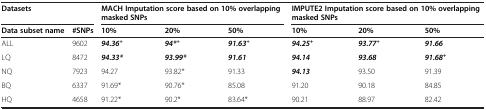
<table><thead><tr><td colspan="2"><b>Datasets</b></td><td colspan="3"><b>MACH Imputation score based on 10% overlapping masked SNPs</b></td><td colspan="3"><b>IMPUTE2 Imputation score based on 10% overlapping masked SNPs</b></td></tr><tr><td><b>Data subset name</b></td><td><b>#SNPs</b></td><td><b>10%</b></td><td><b>20%</b></td><td><b>50%</b></td><td><b>10%</b></td><td><b>20%</b></td><td><b>50%</b></td></tr></thead><tbody><tr><td>ALL</td><td>9602</td><td><b><i>94.36+</i></b></td><td><b><i>94*+</i></b></td><td><b><i>91.63+</i></b></td><td><b><i>94.25+</i></b></td><td><b><i>93.77+</i></b></td><td><b><i>91.66</i></b></td></tr><tr><td>LQ</td><td>8472</td><td><b><i>94.33*</i></b></td><td><b><i>93.99*</i></b></td><td><b><i>91.61</i></b></td><td><b><i>94.14</i></b></td><td><b><i>93.68</i></b></td><td><b><i>91.68+</i></b></td></tr><tr><td>NQ</td><td>7923</td><td>94.27</td><td>93.82*</td><td>91.33</td><td><b><i>94.13</i></b></td><td>93.50</td><td>91.39</td></tr><tr><td>BQ</td><td>6337</td><td>91.69*</td><td>90.76*</td><td>85.08</td><td>91.20</td><td>90.18</td><td>84.85</td></tr><tr><td>HQ</td><td>4658</td><td>91.22*</td><td>90.2*</td><td>83.64*</td><td>90.21</td><td>88.97</td><td>82.42</td></tr></tbody></table>